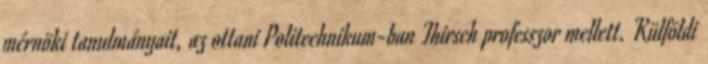
mérnöki tanulmányait, az ottani Politechnikum-ban Thirsch professzor mellett. Külföldi